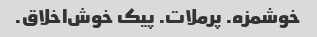
خوشمزه. پرملات. پیک خوش‌اخلاق.